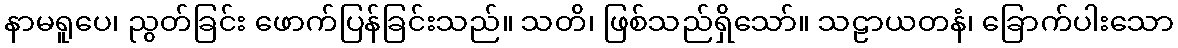
နာမရူပေ၊ ညွတ်ခြင်း ဖောက်ပြန်ခြင်းသည်။ သတိ၊ ဖြစ်သည်ရှိသော်။ သဠာယတနံ၊ ခြောက်ပါးသော